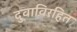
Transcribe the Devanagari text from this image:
दुवाविरहित